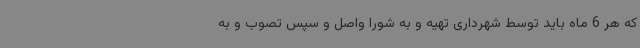
که هر 6 ماه باید توسط شهرداری تهیه و به شورا واصل و سپس تصوب و به